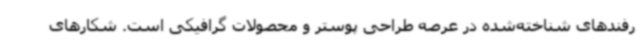
رفندهای شناخته‌شده در عرصه طراحی پوستر و محصولات گرافیکی است. شکارهای